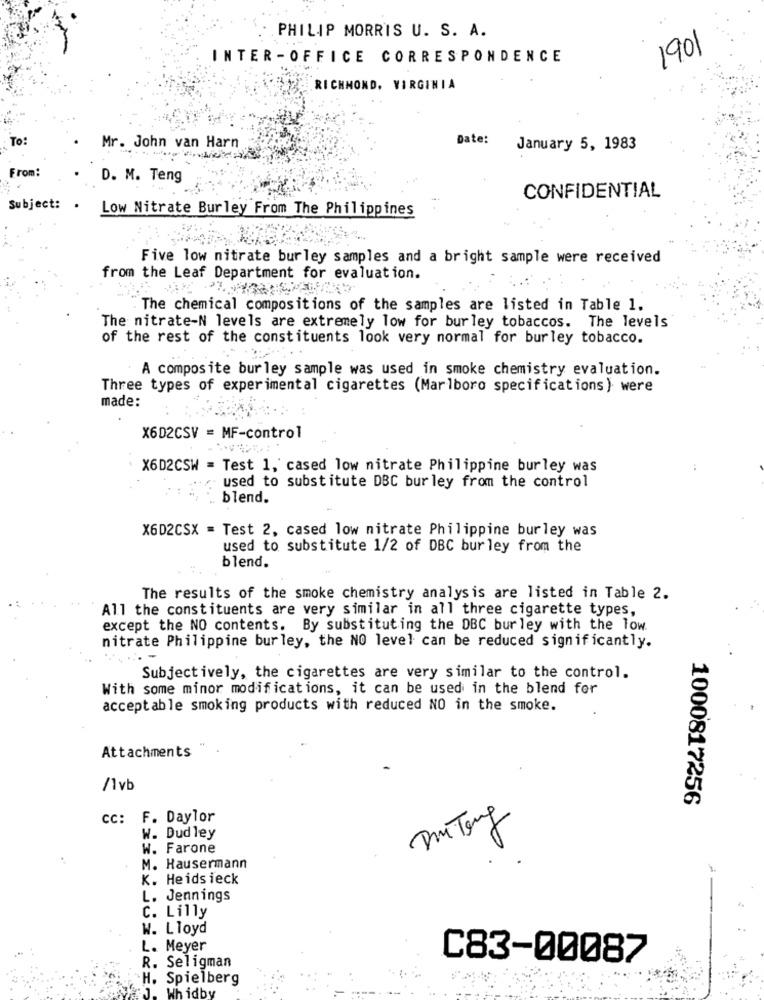
PHILIP MORRIS U. S. A.
1901
INTER-OFFICE CORRESPONDENCE
.RICHMOND, VIRGINIA
To:
Date:
Mr. John van Harn
January 5, 1983
From:
D. M. Teng
CONFIDENTIAL
Subject: . Low Nitrate Burley From The Philippines
Five low nitrate burley samples and a bright sample were received
from the Leaf Department for evaluation.
The chemical compositions of the samples are listed in Table 1.
The nitrate-N levels are extremely low for burley tobaccos. The levels
of the rest of the constituents look very normal for burley tobacco.
A composite burley sample was used in smoke chemistry evaluation.
Three types of experimental cigarettes (Marlboro specifications) were
made:
X6D2CSV = MF-control
X6D2CSW = Test 1, cased low nitrate Philippine burley was
used to substitute DBC bur ley from the control
blend.
X6D2CSX = Test 2, cased low nitrate Philippine burley was
used to substitute 1/2 of DBC bur ley from the
blend.
The results of the smoke chemistry analysis are listed in Table 2.
All the constituents are very similar in all three cigarette types,
except the NO contents. By substituting the DBC bur ley with the low.
nitrate Philippine burley, the NO level can be reduced significantly.
Subjectively, the cigarettes are very similar to the control.
With some minor modifications, it can be used in the blend for
acceptable smoking products with reduced NO in the smoke.
Attachments
/1vb
1000817256
CC: F. Daylor
W. Dudley
W. Farone
. M. Hausermann
K. Heidsieck
L. Jennings
C. Lilly
W. Lloyd
L. Meyer
R.
C83-00087
Seligman
H. Spielberg
Wh idby